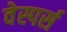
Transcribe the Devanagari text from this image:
वेस्पर्स